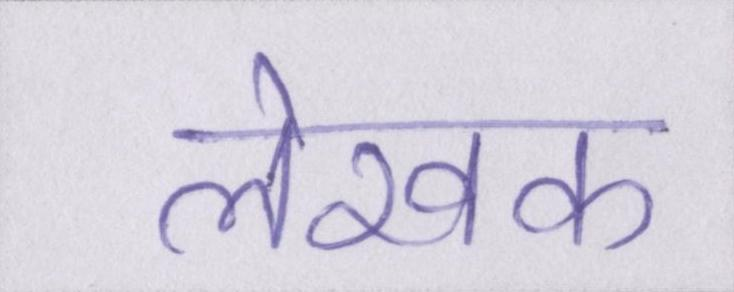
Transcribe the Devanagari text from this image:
लेखक